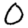
Digit: 0